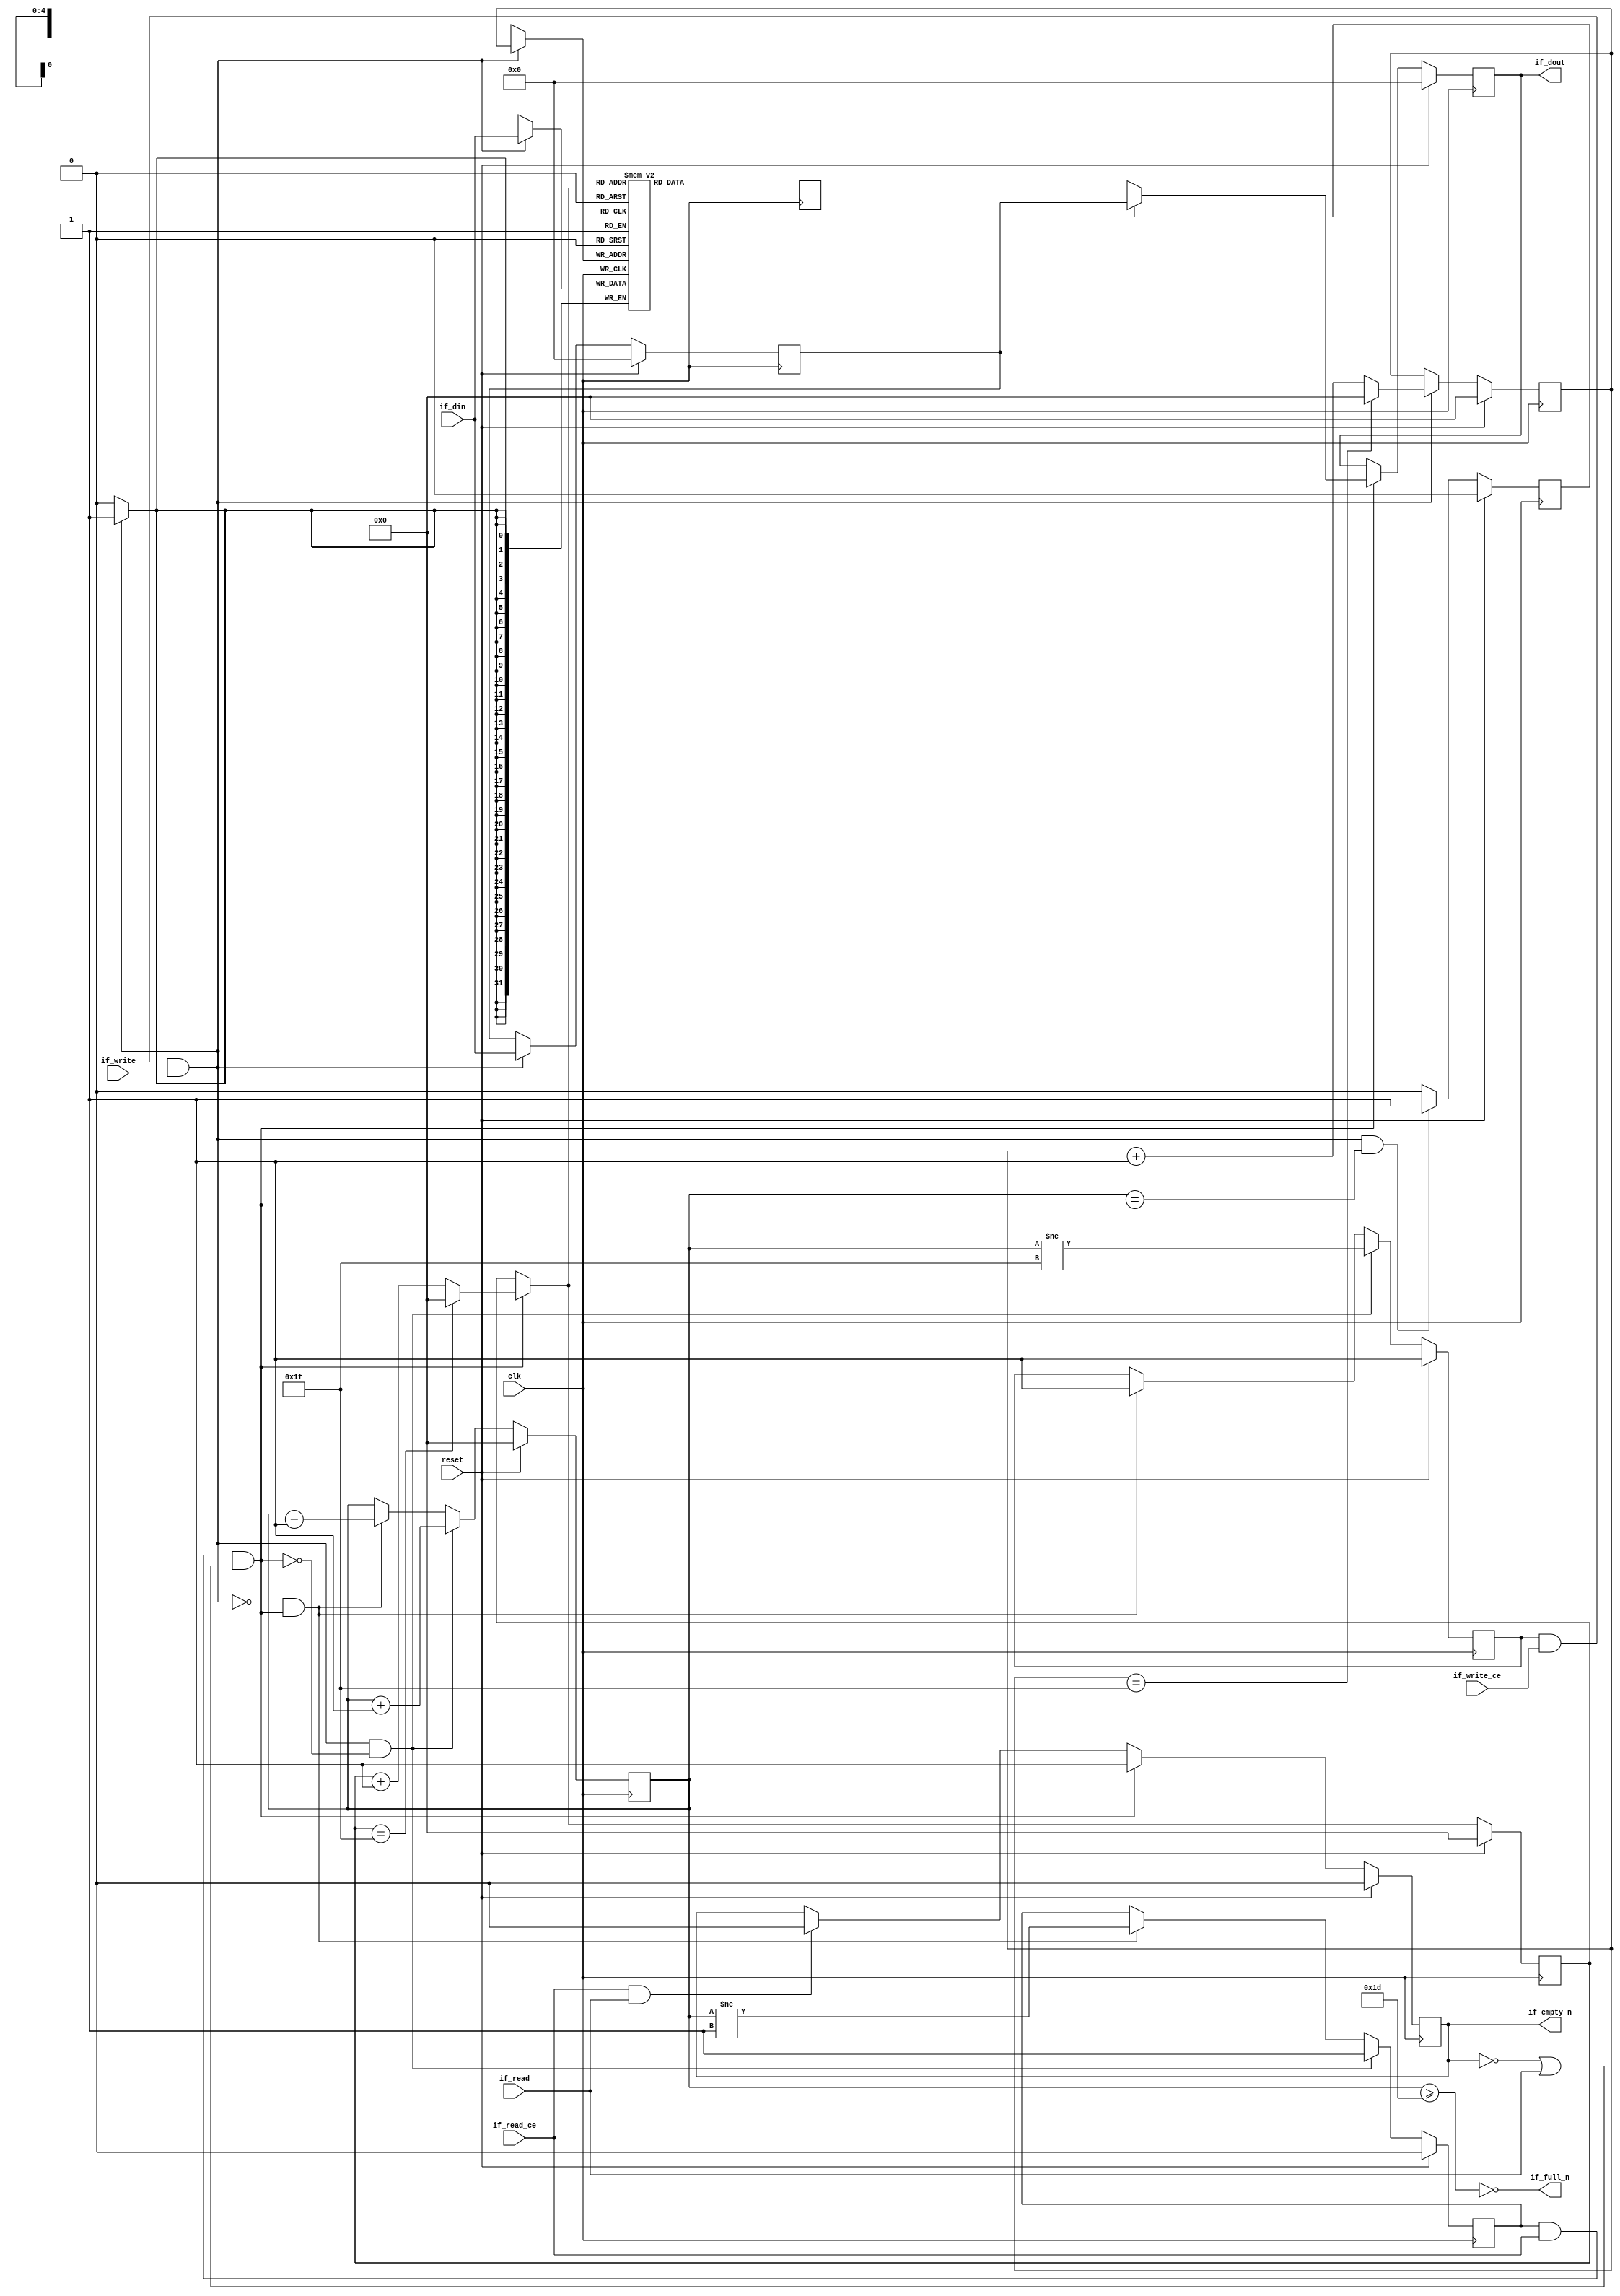
`timescale 1 ns / 1 ps
// ==================================================
// RTL generated by RapidStream
//
// Copyright 2024 RapidStream Design Automation, Inc.
// All Rights Reserved.
// ==================================================
// first-word fall-through (FWFT) FIFO using block RAM
// based on HLS generated code
module __rs_fifo_bram_almost_full #(
  parameter MEM_STYLE  = "auto",
  parameter DATA_WIDTH = 32,
  parameter ADDR_WIDTH = 5,
  parameter DEPTH      = 32,
  parameter GRACE_PERIOD = 2
) (
  input wire clk,
  input wire reset,
  // write
  output wire                  if_full_n,
  input  wire                  if_write_ce,
  input  wire                  if_write,
  input  wire [DATA_WIDTH-1:0] if_din,
  // read
  output wire                  if_empty_n,
  input  wire                  if_read_ce,
  input  wire                  if_read,
  output wire [DATA_WIDTH-1:0] if_dout
);
(* ram_style = MEM_STYLE *)
reg  [DATA_WIDTH-1:0] mem[0:DEPTH-1];
reg  [DATA_WIDTH-1:0] q_buf;
reg  [ADDR_WIDTH-1:0] waddr = {ADDR_WIDTH{1'b0}};
reg  [ADDR_WIDTH-1:0] raddr = {ADDR_WIDTH{1'b0}};
wire [ADDR_WIDTH-1:0] wnext;
wire [ADDR_WIDTH-1:0] rnext;
wire                  push;
wire                  pop;
reg  [ADDR_WIDTH-1:0] used = {ADDR_WIDTH{1'b0}};
reg                   full_n = 1'b1;
reg                   empty_n = 1'b0;
reg  [DATA_WIDTH-1:0] q_tmp = {DATA_WIDTH{1'b0}};
reg                   show_ahead = 1'b0;
reg  [DATA_WIDTH-1:0] dout_buf = {DATA_WIDTH{1'b0}};
reg                   dout_valid = 1'b0;
localparam DepthM1 = DEPTH[ADDR_WIDTH-1:0] - 1'd1;
/**************************************/
wire almost_full = (used >= DEPTH - 1 - GRACE_PERIOD);
//assign if_full_n  = full_n;
assign if_full_n  = ~almost_full;
/**************************************/
assign if_empty_n = dout_valid;
assign if_dout    = dout_buf;
assign push       = full_n & if_write_ce & if_write;
assign pop        = empty_n & if_read_ce & (~dout_valid | if_read);
assign wnext      = !push              ? waddr              :
                    (waddr == DepthM1) ? {ADDR_WIDTH{1'b0}} : waddr + 1'd1;
assign rnext      = !pop               ? raddr              :
                    (raddr == DepthM1) ? {ADDR_WIDTH{1'b0}} : raddr + 1'd1;
// waddr
always @(posedge clk) begin
  if (reset)
    waddr <= {ADDR_WIDTH{1'b0}};
  else
    waddr <= wnext;
end
// raddr
always @(posedge clk) begin
  if (reset)
    raddr <= {ADDR_WIDTH{1'b0}};
  else
    raddr <= rnext;
end
// used
always @(posedge clk) begin
  if (reset)
    used <= {ADDR_WIDTH{1'b0}};
  else if (push && !pop)
    used <= used + 1'b1;
  else if (!push && pop)
    used <= used - 1'b1;
end
// full_n
always @(posedge clk) begin
  if (reset)
    full_n <= 1'b1;
  else if (push && !pop)
    full_n <= (used != DepthM1);
  else if (!push && pop)
    full_n <= 1'b1;
end
// empty_n
always @(posedge clk) begin
  if (reset)
    empty_n <= 1'b0;
  else if (push && !pop)
    empty_n <= 1'b1;
  else if (!push && pop)
    empty_n <= (used != {{(ADDR_WIDTH-1){1'b0}},1'b1});
end
// mem
always @(posedge clk) begin
  if (push)
    mem[waddr] <= if_din;
end
// q_buf
always @(posedge clk) begin
  q_buf <= mem[rnext];
end
// q_tmp
always @(posedge clk) begin
  if (reset)
    q_tmp <= {DATA_WIDTH{1'b0}};
  else if (push)
    q_tmp <= if_din;
end
// show_ahead
always @(posedge clk) begin
  if (reset)
    show_ahead <= 1'b0;
  else if (push && used == {{(ADDR_WIDTH-1){1'b0}},pop})
    show_ahead <= 1'b1;
  else
    show_ahead <= 1'b0;
end
// dout_buf
always @(posedge clk) begin
  if (reset)
    dout_buf <= {DATA_WIDTH{1'b0}};
  else if (pop)
    dout_buf <= show_ahead? q_tmp : q_buf;
end
// dout_valid
always @(posedge clk) begin
  if (reset)
    dout_valid <= 1'b0;
  else if (pop)
    dout_valid <= 1'b1;
  else if (if_read_ce & if_read)
    dout_valid <= 1'b0;
end
endmodule